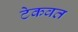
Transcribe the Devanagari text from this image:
टेकवत